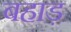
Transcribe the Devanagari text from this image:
बहाड़